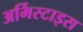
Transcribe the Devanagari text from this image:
अर्मिस्टाइस